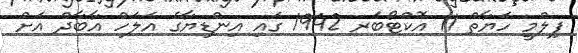
ފިލްމީ ހަޔާތް 11 އޮކްޓޯބަރ 1942 ގައި އިންޑިޔާގެ އަލަހް އާބާދް އަށް